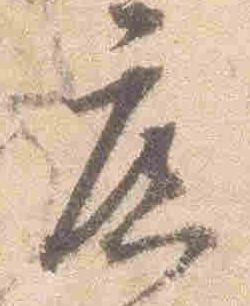
広